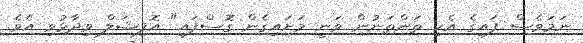
ނަމަވެސް ފައިގެ އެކި ތަންތަނުން ވަނީ މަށައިގެން ގޮސްފައި" އޮފިޝަލް ވިދާޅުވި އެވެ.